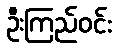
ဦးကြည်ဝင်း